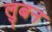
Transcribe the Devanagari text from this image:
लुबन